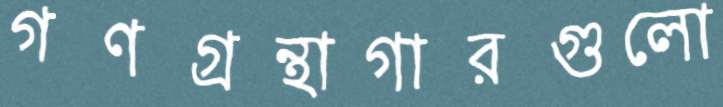
গণগ্রন্থাগারগুলো